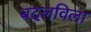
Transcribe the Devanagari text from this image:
बदलविला